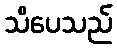
သိပေသည်